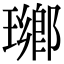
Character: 𤩬